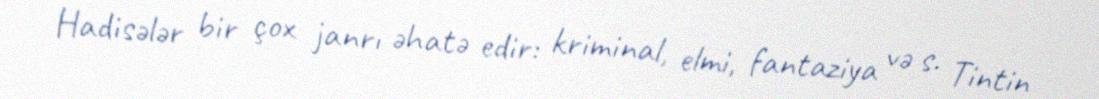
Hadisələr bir çox janrı əhatə edir: kriminal, elmi, fantaziya və s. Tintin